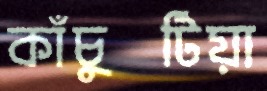
কাঁচুটিয়া